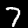
Digit: 7